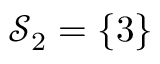
\mathcal { S } _ { 2 } = \{ 3 \}